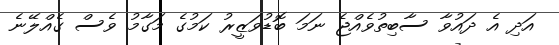
އަދި އެ ދައުވާ ސާބިތުވެއްޖެ ނަމަ ބޮޑުވަޒީރު ކަމުގެ މަގާމު ވެސް ގެއްލޭނެ